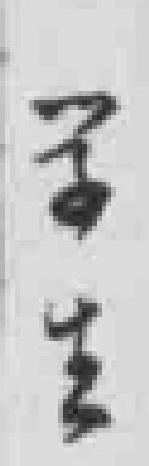
学生